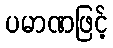
ပမာဏဖြင့်